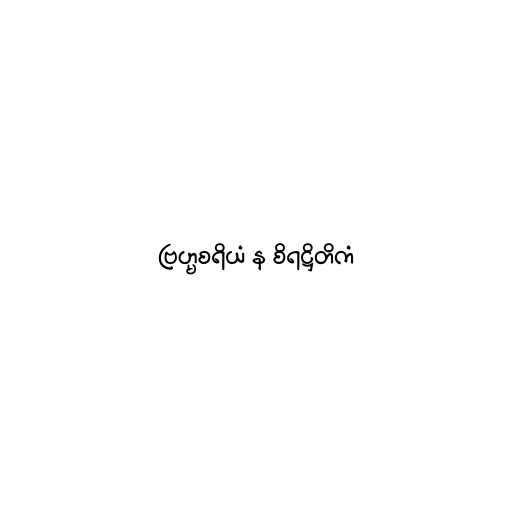
ဗြဟ္မစရိယံ န စိရဋ္ဌိတိကံ